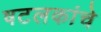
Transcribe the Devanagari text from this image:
षटलकांचे